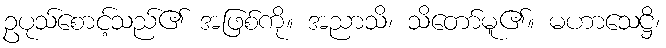
ဥပုသ်စောင့်သည်၏ အဖြစ်ကို။ အညာသိ၊ သိတော်မူ၏။ မဟာသေဋ္ဌိ၊